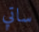
ساتي